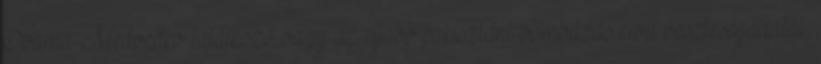
Obama-Medvedev találkozó vagy az újabb pakisztáni bombázás civil veszteségadatai,